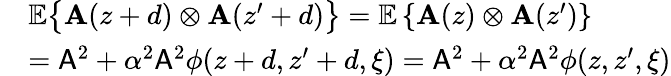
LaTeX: \begin{array}{rl}&{\mathbb{E}\big\lbrace\mathbf{A}(z+d)\otimes\mathbf{A}(z^{\prime}+d)\big\rbrace=\mathbb{E}\left\lbrace\mathbf{A}(z)\otimes\mathbf{A}(z^{\prime})\right\rbrace}\\ &{=\mathsf{A}^{2}+\alpha^{2}\mathsf{A}^{2}\phi(z+d,z^{\prime}+d,\xi)=\mathsf{A}^{2}+\alpha^{2}\mathsf{A}^{2}\phi(z,z^{\prime},\xi)}\end{array}